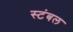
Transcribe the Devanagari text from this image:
स्टंबल